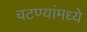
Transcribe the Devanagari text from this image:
चटण्यांमध्ये